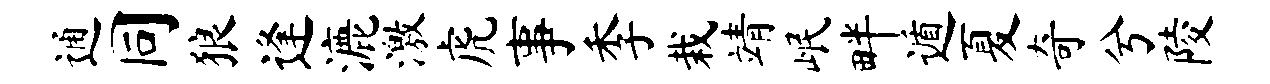
通同狼逢漉激虎事季栽靖岷畔遁夏奇兮陵